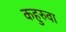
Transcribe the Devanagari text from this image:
कहुरुवा